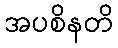
အပစိနတိ